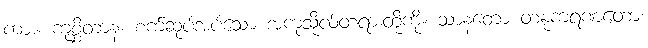
ကား။ ကုစ္ဆိတာနံ၊ စက်ဆုပ်အပ်သော အကုသိုလ်တရားတို့ကို။ သာနတော တနုကရဏတော၊